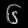
Digit: ၆